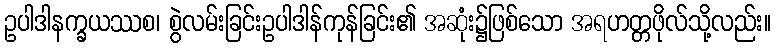
ဥပါဒါနက္ခယဿစ၊ စွဲလမ်းခြင်းဥပါဒါန်ကုန်ခြင်း၏ အဆုံး၌ဖြစ်သော အရဟတ္တဖိုလ်သို့လည်း။